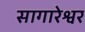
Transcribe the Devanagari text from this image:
सागारेश्वर